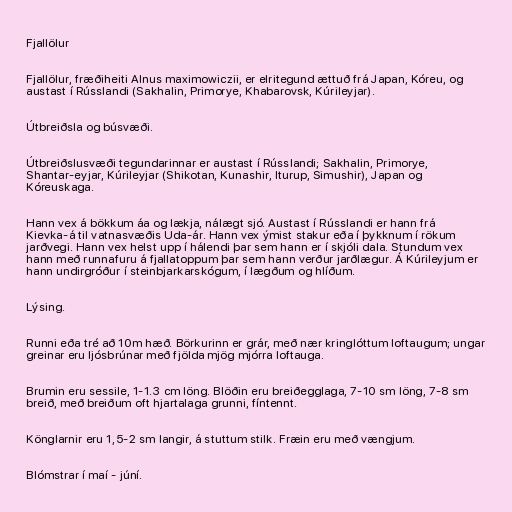
Fjallölur

Fjallölur, fræðiheiti Alnus maximowiczii, er elritegund ættuð frá Japan, Kóreu, og
austast í Rússlandi (Sakhalin, Primorye, Khabarovsk, Kúrileyjar).

Útbreiðsla og búsvæði.

Útbreiðslusvæði tegundarinnar er austast í Rússlandi; Sakhalin, Primorye,
Shantar-eyjar, Kúrileyjar (Shikotan, Kunashir, Iturup, Simushir), Japan og
Kóreuskaga.

Hann vex á bökkum áa og lækja, nálægt sjó. Austast í Rússlandi er hann frá
Kievka-á til vatnasvæðis Uda-ár. Hann vex ýmist stakur eða í þykknum í rökum
jarðvegi. Hann vex helst upp í hálendi þar sem hann er í skjóli dala. Stundum vex
hann með runnafuru á fjallatoppum þar sem hann verður jarðlægur. Á Kúrileyjum er
hann undirgróður í steinbjarkarskógum, í lægðum og hlíðum.

Lýsing.

Runni eða tré að 10m hæð. Börkurinn er grár, með nær kringlóttum loftaugum; ungar
greinar eru ljósbrúnar með fjölda mjög mjórra loftauga.

Brumin eru sessile, 1-1.3 cm löng. Blöðin eru breiðegglaga, 7-10 sm löng, 7-8 sm
breið, með breiðum oft hjartalaga grunni, fíntennt.

Könglarnir eru 1,5-2 sm langir, á stuttum stilk. Fræin eru með vængjum.

Blómstrar í maí - júní.